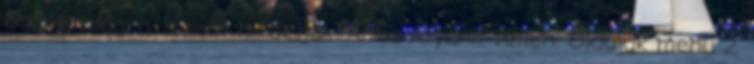
egész világra.Jézust hirdetjük. Abba Atyánk. Ámen. Oldalak menü 2.